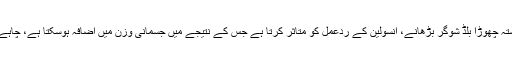
تحقیق کے دوران کیے جانے والے تجربات سے معلوم ہوا کہ ناشتہ چھوڑا بلڈ شوگر بڑھانے، انسولین کے ردعمل کو متاثر کرتا ہے جس کے نتیجے میں جسمانی وزن میں اضافہ ہوسکتا ہے، چاہے دن کے باقی حصے میں زیادہ غذا کا استعمال نہ بھی کیا جائے۔